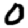
Digit: 0